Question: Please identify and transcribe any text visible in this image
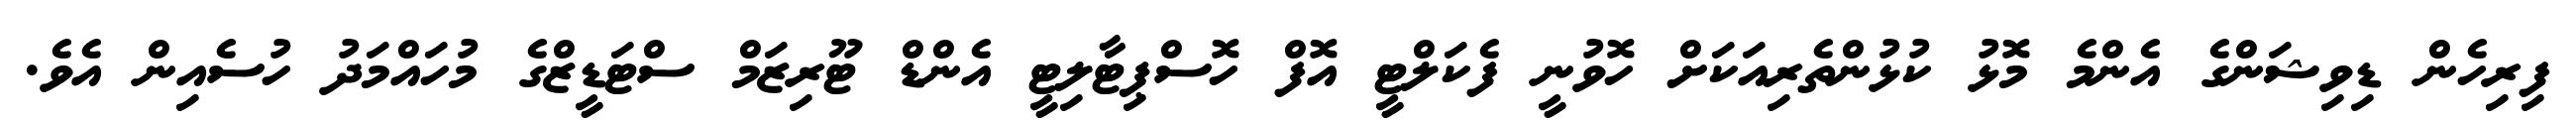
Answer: ފިރިހެން ޑިވިޝަންގެ އެންމެ މޮޅު ކުޅުންތެރިއަކަށް ހޮވުނީ ފެކަލްޓީ އޮފް ހޮސްޕިޓާލިޓީ އެންޑް ޓޫރިޒަމް ސްޓަޑީޒްގެ މުހައްމަދު ހުސެއިން އެވެ.